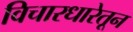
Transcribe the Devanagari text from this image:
विचारधारेतून